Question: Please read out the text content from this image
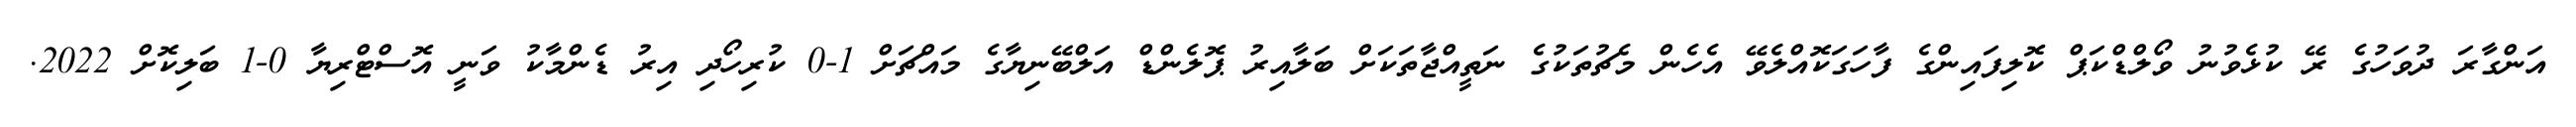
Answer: އަންގާރަ ދުވަހުގެ ރޭ ކުޅެވުނު ވޯލްޑްކަޕް ކޮލިފައިންގެ ފާހަގަކޮއްލެވޭ އެހެން މެޗުތަކުގެ ނަތީއްޖާތަކަށް ބަލާއިރު ޕޮލެންޑް އަލްބޭނިޔާގެ މައްޗަށް 1-0 ކުރިހޯދި އިރު ޑެންމާކު ވަނީ އޮސްޓްރިޔާ 0-1 ބަލިކޮށް 2022.